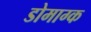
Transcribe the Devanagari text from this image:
डोमाग्क